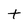
Character: t